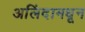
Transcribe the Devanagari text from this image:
अलिंदामधून